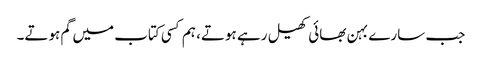
جب سارے بہن بھائی کھیل رہے ہوتے، ہم کسی کتاب میں گم ہوتے۔